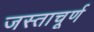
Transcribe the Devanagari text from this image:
जस्ताचूर्ण